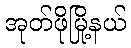
အုတ်ဖိုမြို့နယ်